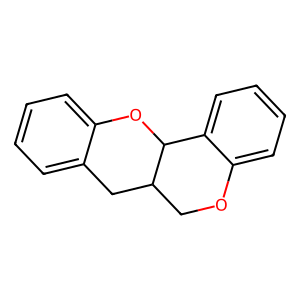
SMILES: c1ccc2c(c1)CC1COc3ccccc3C1O2
Inhibits HIV replication: No